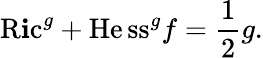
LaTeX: \operatorname{R\mathbf{i}c}^{g}+\operatorname{H\mathrm{e}ss}^{g}f={\frac{{1}}{{2}}}g.